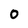
Character: 0